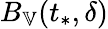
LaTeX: B_{\mathbb{V}}(t_{*},\delta)